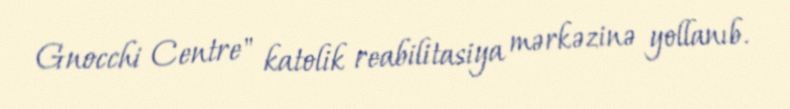
Gnocchi Centre" katolik reabilitasiya mərkəzinə yollanıb.